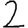
Digit: 2